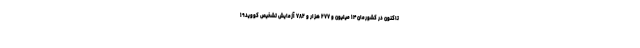
تاکنون در کشورمان ۱۴ میلیون و ۲۷۷ هزار و ۷۸۲ آزمایش تشخیص کووید۱۹